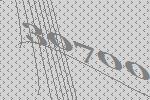
30700